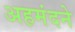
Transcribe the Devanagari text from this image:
अहमंदने